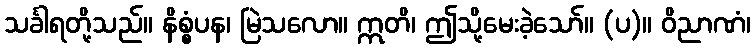
သင်္ခါရတို့သည်။ နိစ္စံပန၊ မြဲသလော။ ဣတိ၊ ဤသို့မေးခဲ့သော်။ (ပ)။ ဝိညာဏံ၊